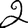
Digit: 2